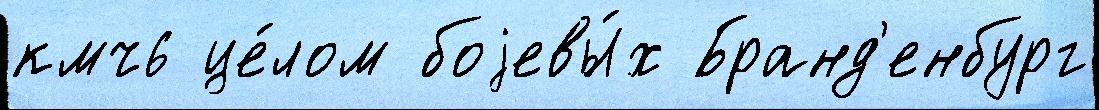
кмч6 це́лом боjевы́х Бранд'енбург